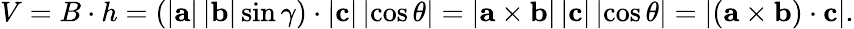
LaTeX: V=B\cdot h=\left(\left|\mathbf{a}\right|\left|\mathbf{b}\right|\sin\gamma\right)\cdot\left|\mathbf{c}\right|\left|\cos\theta\right|=\left|\mathbf{a}\times\mathbf{b}\right|\left|\mathbf{c}\right|\left|\cos\theta\right|=\left|\left(\mathbf{a}\times\mathbf{b}\right)\cdot\mathbf{c}\right|.